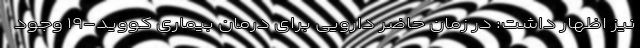
نیز اظهار داشت: در زمان حاضر دارویی برای درمان بیماری کووید-۱۹ وجود